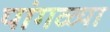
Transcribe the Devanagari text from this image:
पांगळ्या